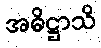
အဓိဋ္ဌာသိ